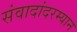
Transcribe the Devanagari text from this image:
संवादांदरम्यान